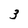
Character: 3